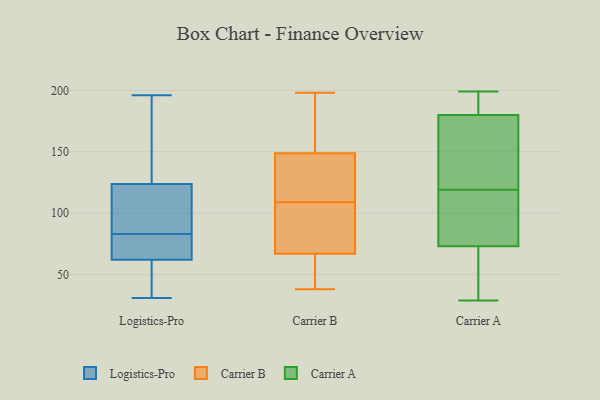
{"axis": {"x": "Bounce Rate (%)", "y": "Value"}, "legend": ["Carrier A", "Carrier B", "Logistics-Pro"], "data": [{"x": "", "y": 68, "type": "Logistics-Pro"}, {"x": "", "y": 60, "type": "Logistics-Pro"}, {"x": "", "y": 173, "type": "Logistics-Pro"}, {"x": "", "y": 96, "type": "Logistics-Pro"}, {"x": "", "y": 141, "type": "Logistics-Pro"}, {"x": "", "y": 125, "type": "Logistics-Pro"}, {"x": "", "y": 31, "type": "Logistics-Pro"}, {"x": "", "y": 120, "type": "Logistics-Pro"}, {"x": "", "y": 196, "type": "Logistics-Pro"}, {"x": "", "y": 120, "type": "Logistics-Pro"}, {"x": "", "y": 82, "type": "Logistics-Pro"}, {"x": "", "y": 31, "type": "Logistics-Pro"}, {"x": "", "y": 57, "type": "Logistics-Pro"}, {"x": "", "y": 83, "type": "Logistics-Pro"}, {"x": "", "y": 178, "type": "Logistics-Pro"}, {"x": "", "y": 88, "type": "Logistics-Pro"}, {"x": "", "y": 69, "type": "Logistics-Pro"}, {"x": "", "y": 40, "type": "Logistics-Pro"}, {"x": "", "y": 79, "type": "Logistics-Pro"}, {"x": "", "y": 130, "type": "Carrier B"}, {"x": "", "y": 109, "type": "Carrier B"}, {"x": "", "y": 49, "type": "Carrier B"}, {"x": "", "y": 59, "type": "Carrier B"}, {"x": "", "y": 198, "type": "Carrier B"}, {"x": "", "y": 155, "type": "Carrier B"}, {"x": "", "y": 96, "type": "Carrier B"}, {"x": "", "y": 187, "type": "Carrier B"}, {"x": "", "y": 117, "type": "Carrier B"}, {"x": "", "y": 91, "type": "Carrier B"}, {"x": "", "y": 38, "type": "Carrier B"}, {"x": "", "y": 127, "type": "Carrier A"}, {"x": "", "y": 112, "type": "Carrier A"}, {"x": "", "y": 147, "type": "Carrier A"}, {"x": "", "y": 29, "type": "Carrier A"}, {"x": "", "y": 94, "type": "Carrier A"}, {"x": "", "y": 179, "type": "Carrier A"}, {"x": "", "y": 46, "type": "Carrier A"}, {"x": "", "y": 188, "type": "Carrier A"}, {"x": "", "y": 181, "type": "Carrier A"}, {"x": "", "y": 199, "type": "Carrier A"}, {"x": "", "y": 197, "type": "Carrier A"}, {"x": "", "y": 31, "type": "Carrier A"}, {"x": "", "y": 126, "type": "Carrier A"}, {"x": "", "y": 52, "type": "Carrier A"}, {"x": "", "y": 101, "type": "Carrier A"}, {"x": "", "y": 96, "type": "Carrier A"}]}